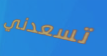
تسعدني